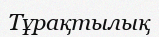
Тұрақтылық